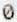
0